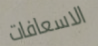
الاسعافات